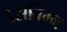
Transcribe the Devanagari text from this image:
डेसविग्न